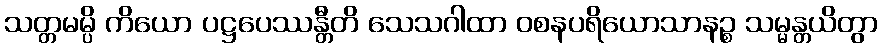
သတ္တမမ္ပိ ကိယော ပဋ္ဌပေဿန္တီတိ သေသဂါထာ ဝစနပရိယောသာနဉ္စ သမ္မန္တယိတွာ